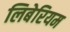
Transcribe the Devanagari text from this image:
लिबेरियम